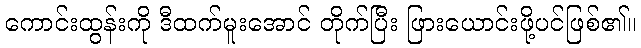
ကောင်းထွန်းကို ဒီထက်မူးအောင် တိုက်ပြီး ဖြားယောင်းဖို့ပင်ဖြစ်၏။